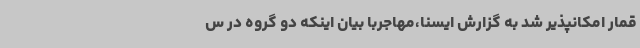
قمار امکانپذیر ‌شد به گزارش ایسنا،مهاجربا بیان اینکه دو گروه در س